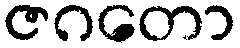
ဇဂတော